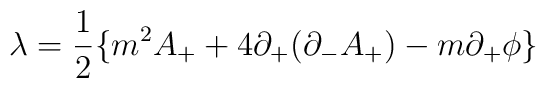
{\lambda}=\frac{1}{2}\{ m^2A_++4{\partial}_+({\partial}_-A_+)-m{\partial}_+{\phi} \}